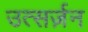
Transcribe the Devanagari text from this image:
उत्सर्ज़न